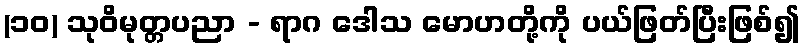
(၁၀) သုဝိမုတ္တပညာ - ရာဂ ဒေါသ မောဟတို့ကို ပယ်ဖြတ်ပြီးဖြစ်၍